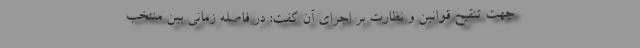
جهت تنقیح قوانین و نظارت بر اجرای آن گفت: در فاصله زمانی بین منتخب